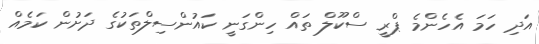
އަދި ހަމަ އެހެންމެ ޕްރީ ސްކޫލް ތައް ހިންގަނީ ކައުންސިލްތަކުގެ ދަށުން ކަމެއް